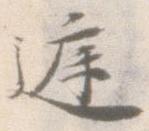
庭